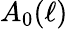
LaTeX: A_{0}(\ell)